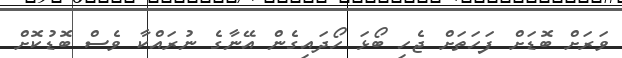
ވަރަށް ބޮޑަށް ފަހަތަށް ޖެހި ބޯޅަ ހޯދައިގެން އޭނާގެ ނުރައްކާ ވެސް ބޮޑުކޮށް